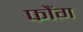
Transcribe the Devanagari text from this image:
फौंग